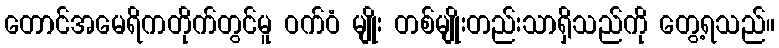
တောင်အမေရိကတိုက်တွင်မူ ဝက်ဝံ မျိုး တစ်မျိုးတည်းသာရှိသည်ကို တွေ့ရသည်။